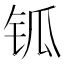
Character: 𨱃